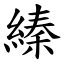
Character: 縥